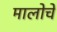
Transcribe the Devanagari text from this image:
मालोचे